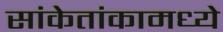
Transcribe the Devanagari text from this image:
सांकेतांकामध्ये